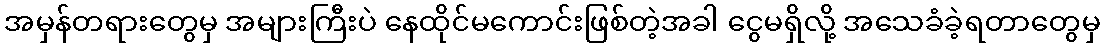
အမှန်တရားတွေမှ အများကြီးပဲ နေထိုင်မကောင်းဖြစ်တဲ့အခါ ငွေမရှိလို့ အသေခံခဲ့ရတာတွေမှ